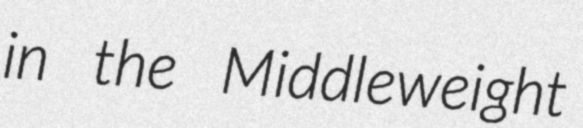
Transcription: in the Middleweight